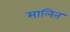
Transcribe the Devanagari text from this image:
सालित